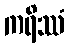
ကရိဿံ